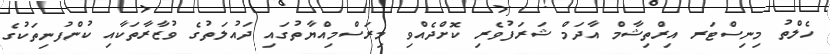
ހެލްތު މިނިސްޓަރ އިރްތިޝާމް އާދަމް ޝަރަފުވެރި ކޮށްދެއްވި މިރަސްމިއްޔާތުގައި ދައުލަތުގެ ވުޒާރާތަކާއި ކުންފުނިތަކުގެ